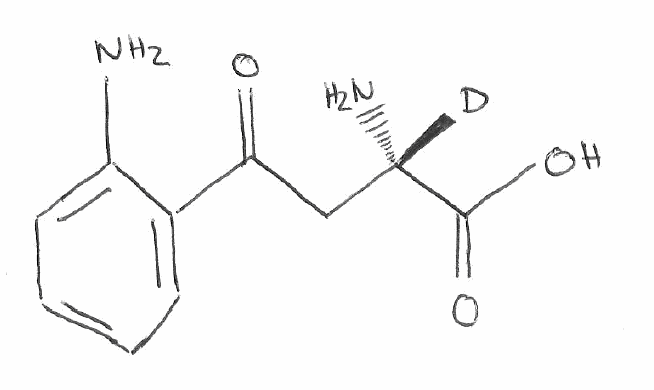
Simplified molecular-input line-entry system (SMILES) notation of the given molecule:
[2H][C@](CC(=O)C1=CC=CC=C1N)(C(=O)O)N